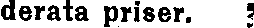
derata priser. 3